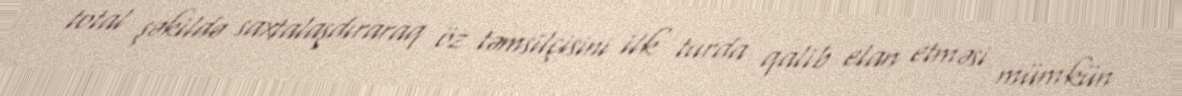
total şəkildə saxtalaşdıraraq öz təmsilçisini ilk turda qalib elan etməsi mümkün